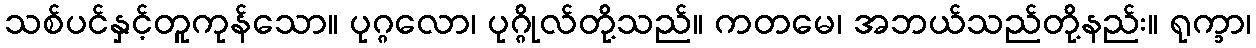
သစ်ပင်နှင့်တူကုန်သော။ ပုဂ္ဂလော၊ ပုဂ္ဂိုလ်တို့သည်။ ကတမေ၊ အဘယ်သည်တို့နည်း။ ရုက္ခာ၊